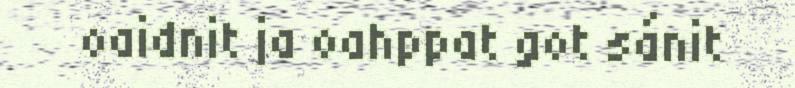
oaidnit ja oahppat got sánit